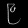
Digit: ၉